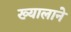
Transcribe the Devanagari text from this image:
ख्यालाने